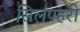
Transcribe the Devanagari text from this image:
सिलपहरी